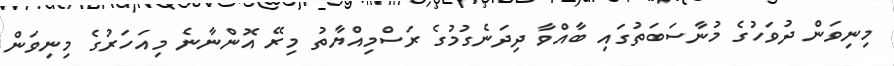
މިނިވަން ދުވަހުގެ މުނާސަބަތުގައި ބާއްވާ ދިދަނެގުމުގެ ރަސްމިއްޔާތު މިރޭ އޮންނާނެ މިއަހަރުގެ މިނިވަން